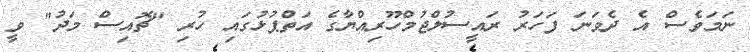
ނަމަވެސް އެ ދެވަނަ ފަހަރު ރައީސުލްޖުމްހޫރިއްޔާގެ އަތްޕުޅުގައި ހުރި "ޗޮއިސް މަދު" ވީ